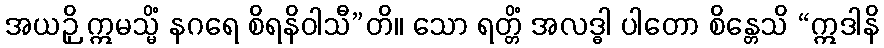
အယဉှိ ဣမသ္မိံ နဂရေ စိရနိဝါသီ”တိ။ သော ရတ္တိံ အလဒ္ဓါ ပါတော စိန္တေသိ “ဣဒါနိ